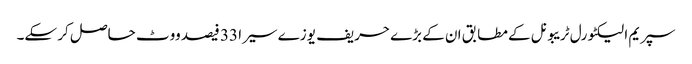
سپریم الیکٹورل ٹریبونل کے مطابق ان کے بڑے حریف یوزے سیرا 33 فیصد ووٹ حاصل کر سکے۔